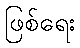
ဖြစ်ရေး